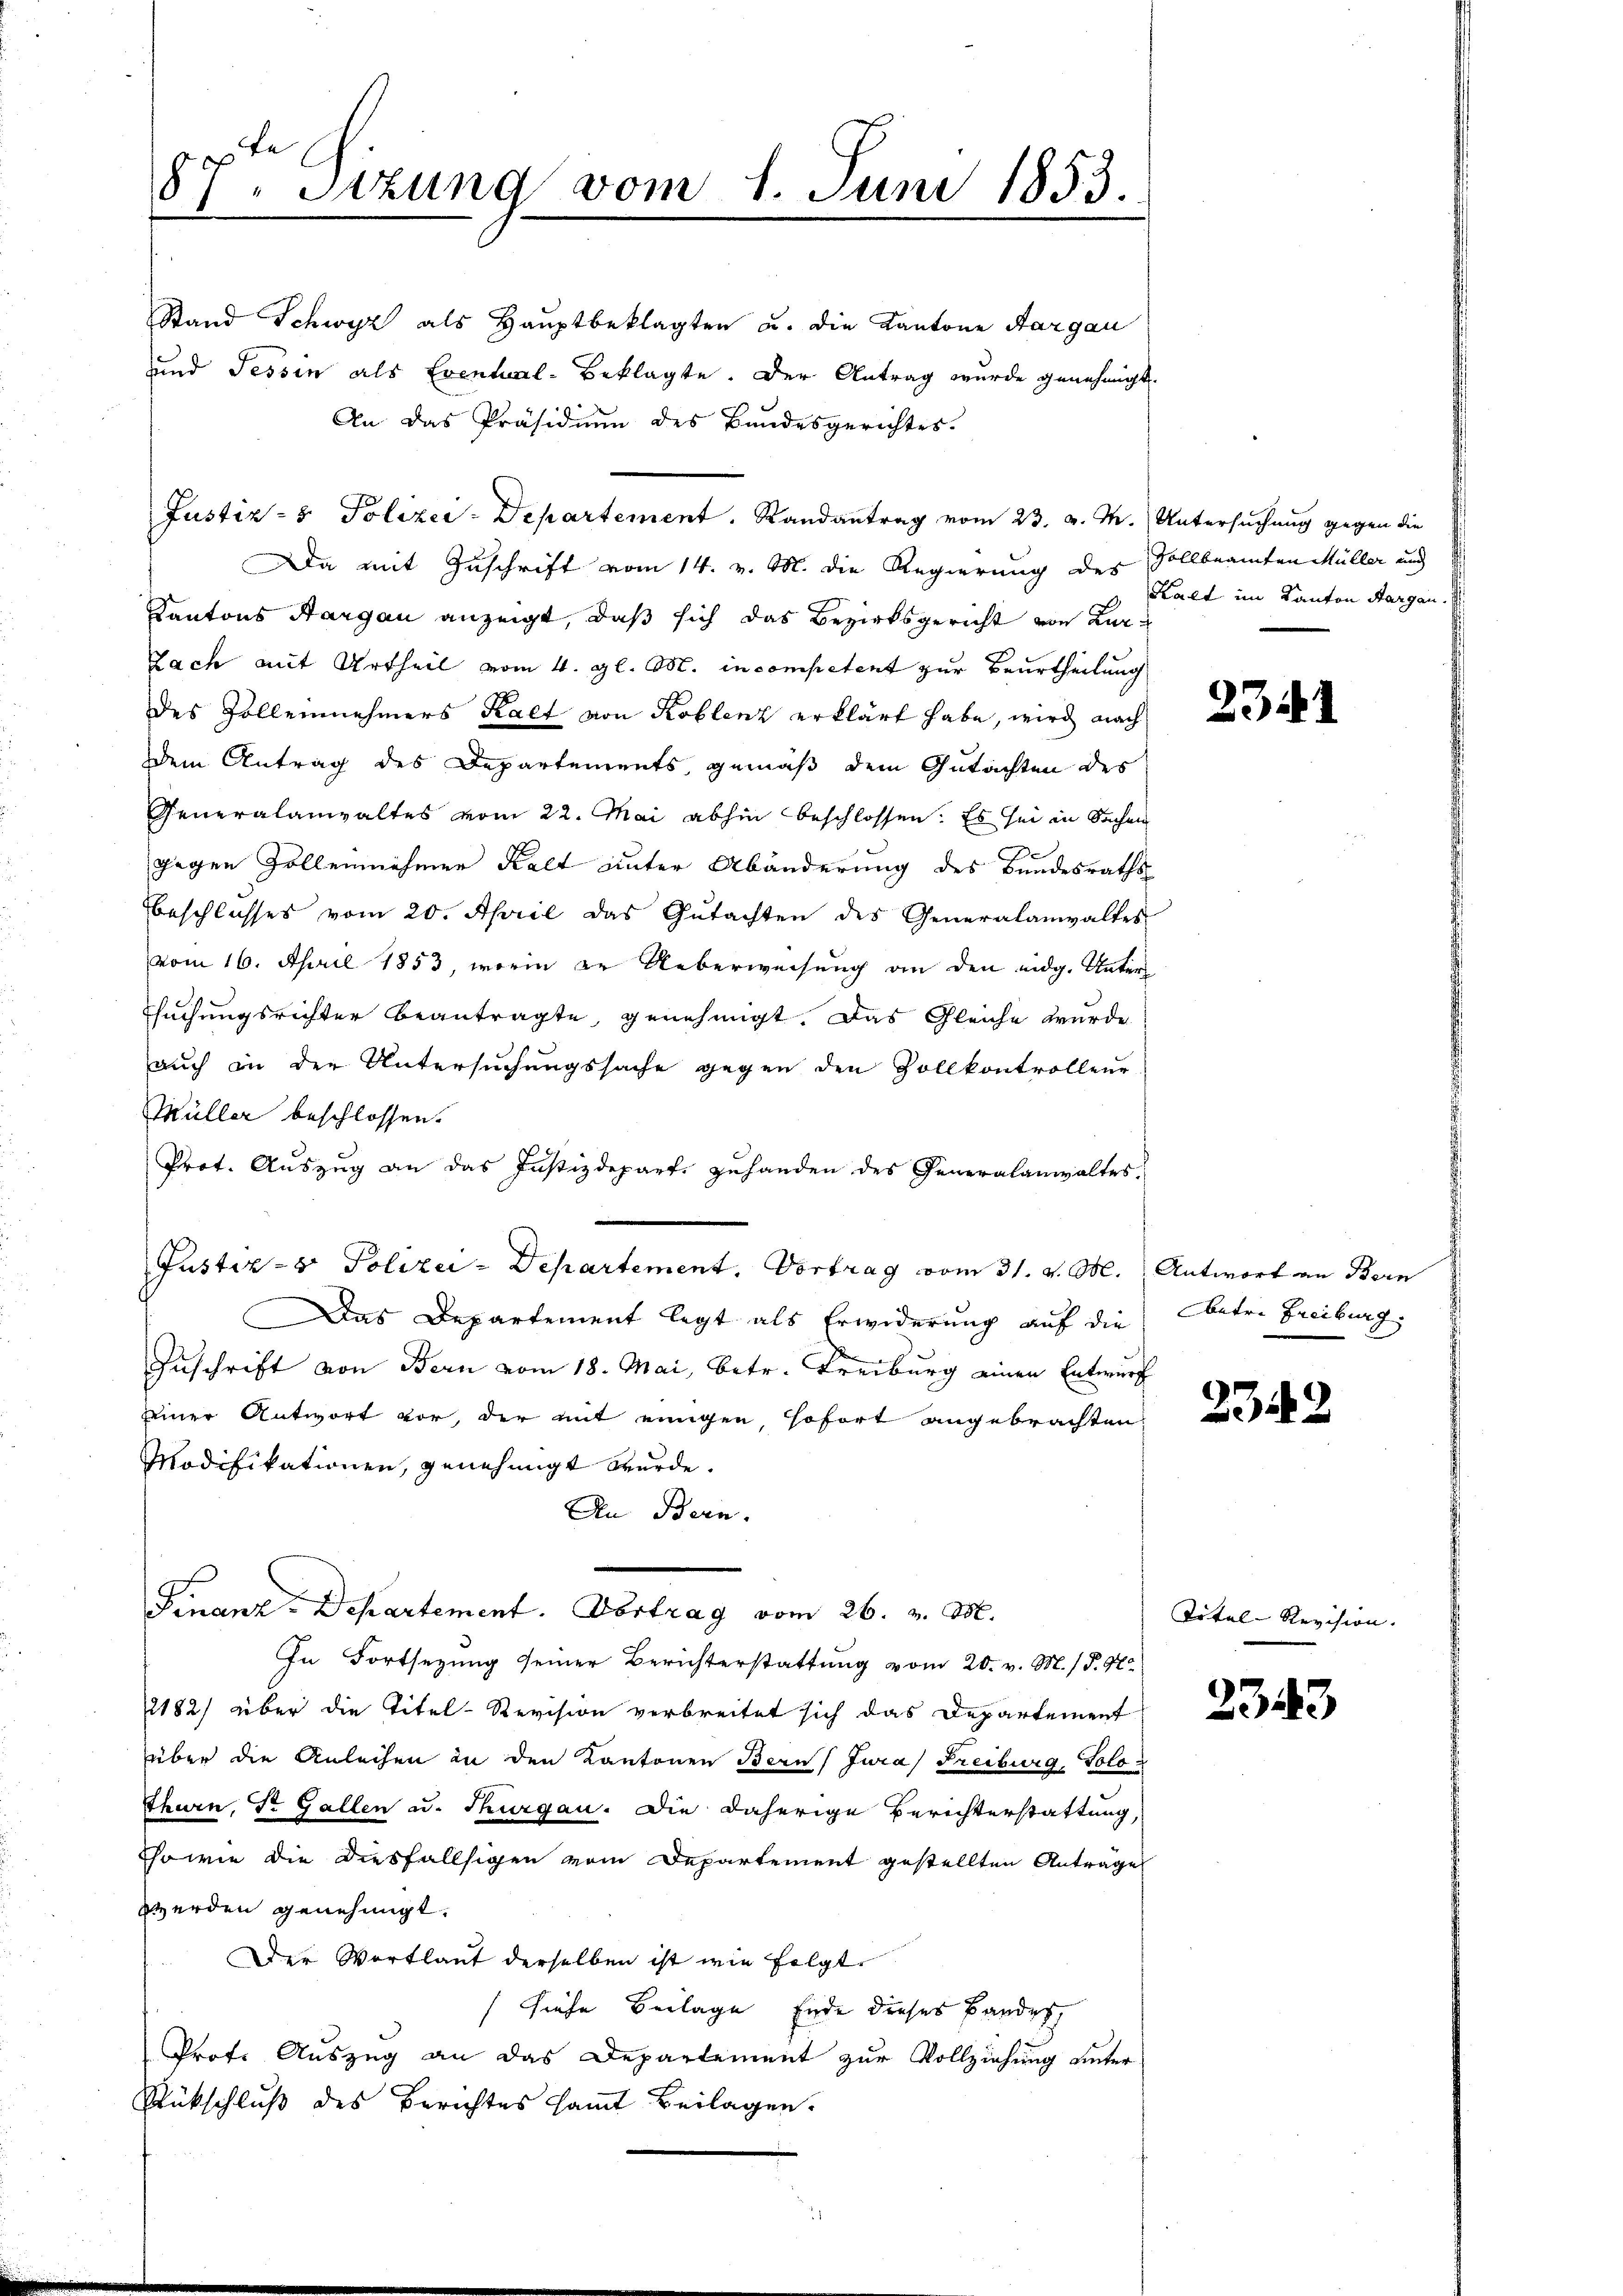
87. Sitzung vom 1. Juni 1853.
e

Stand Schwyz als Hauptbeklagten u. die Kantone Aargau
und Tessin als Eventual-Beklagte. Der Antrag wurde genehmigt.
An das Präsidium des Bundesgerichtes.
Justiz- & Polizei-Departement. Randantrag vom 23. v. M. Untersuchung gegen die
Da mit Zuschrift vom 14. v. M. die Regierung des Vollbeamten Müller und
Kantons Aargau anzeigt, daß sich das Bezirksgericht von Kur¬
Fach mit Urtheil vom 4. gl. M. in competent zur Beurtheilung
des Zolleinnehmers Kalt von Koblenz erklärt habe, wird nach
dem Antrag des Departements gemäß dem Gutachten des
Generalanwaltes vom 22. Mai abhin beschlossen: Es sei in Sachen
gegen Zollennehmen Kalt unter Abänderung des Bundesraths
eschlusses vom 20. April das Gŭtachten des Generalanwaltes
vom 16. April 1853, worin in Ueberweisung an den eidg. Unter¬
Esuchungsrichter beantragte, genehmigt. Das Gleiche wurde
auch in der Untersuchungssache gegen den Zollkontrollene
Müller beschlossen.
Prot. Auszug an das Justizdeparte zuhanden des Generalanwaltes
Justiz- & Polizei-Departement, Vortrag vom 31. v. M. Antwort an Bern
Das Departement legt als Erwiderung auf die
Zuschrift von Bern vom 18. Mai, betr. Freiburg einen Entwurf
seiner Antwort vor, der mit einigen sofort angebrachten
Modifikationen, genehmigt werde.
An Bern.
Finanz-Departement. Vortrag vom 26. v. M.
In Fortsetzung seiner Berichterstattung vom 20. v. M. P. M.
2182) über die Titel-Revision verbreitet sich das Departement
über die Anleihen in den Kantonen Bern Jura) Freiburg, Solo
Tthurn, Sr. Gallen u. Thurgau. Die daherige Berichterstattung,
Esowie die diesfallsigen vom Departement gestellten Anträge
werden genehmigt.
Der Wortlaut derselben ist wie folgt
Siehe Beilage Ende dieses Bandes
Prof. Auszug an das Departement zur Vollziehung unter-
Rückschluß des Berichtes samt Beilagen.

Kalt im Kanton Aargau.

2341

ntr. Freiburg

2342

Tital-Revision.

2343